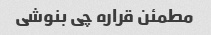
مطمئن قراره چی بنوشی